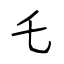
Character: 乇